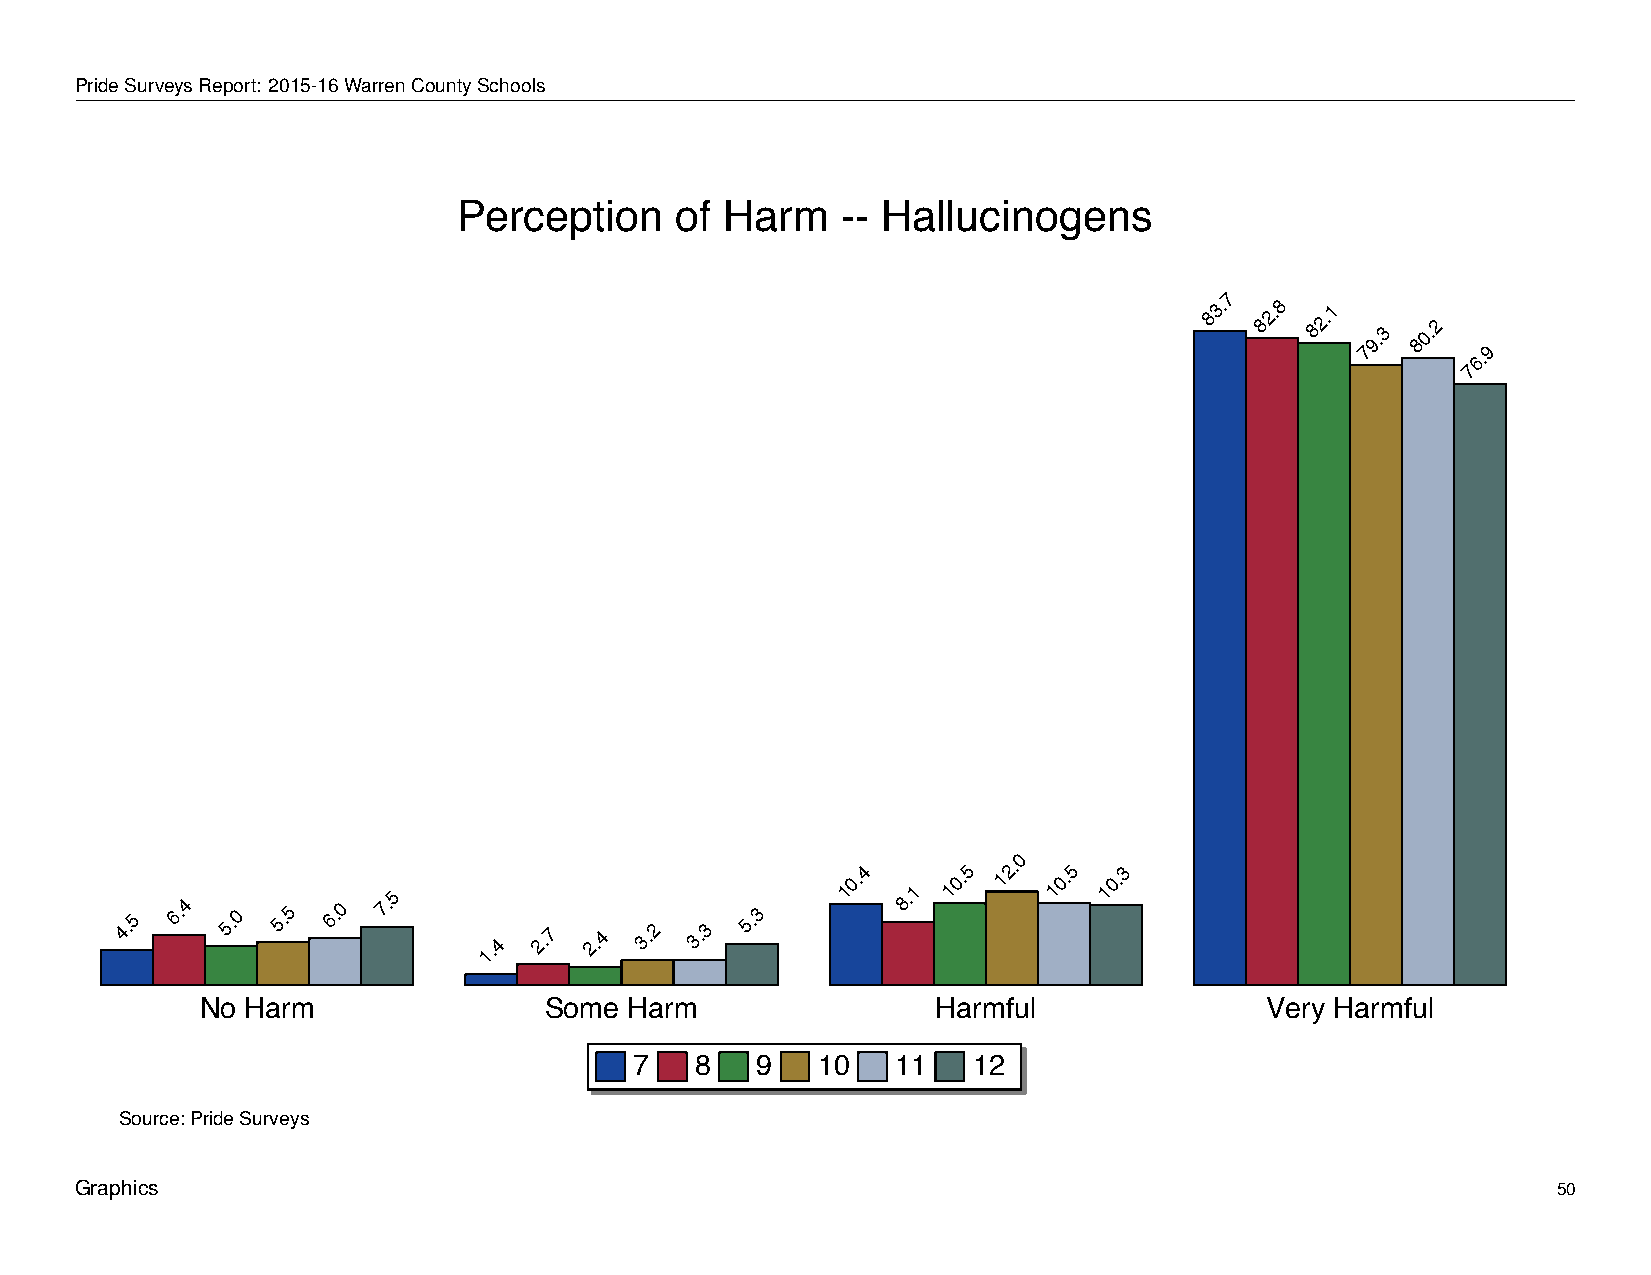
Perception            of    Harm        --   Hallucinogens
 PrideSurveysReport: 2015-16WarrenCountySchools
 Perception     of Harm    -- Hallucinogens
 7
 83. 82.8 82.1
 9.3
 80.2
 7       9
 6.
 7
 0
 4.5 6.4 5.0 5.5 6.0
 7.5
 1.4
 2.7 2.4 3.2 3.3
 5.3
 10.4
 8.1
 10.5 12. 10.5 10.3
 No Harm                Some  Harm                Harmful               Very Harmful
 7   8   9   10   11   12
 Source: Pride Surveys
 Graphics                                                                                          50